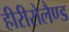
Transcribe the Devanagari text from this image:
हीरीरोलैण्ड